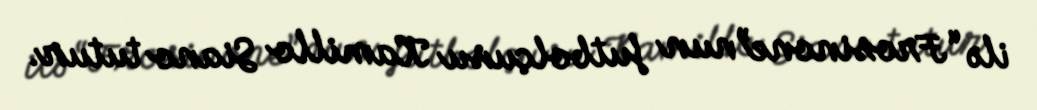
ilə “Frosinone”nun futbolçusu Kamillo Siano tutur.